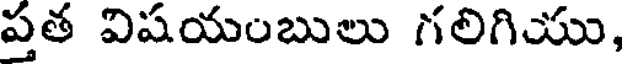
ప్రత విషయంబులు గలిగియు,